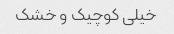
خیلی کوچیک و خشک